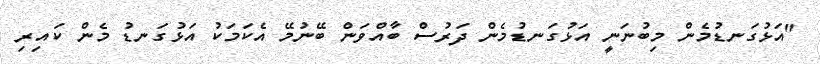
"އަޅުގަނޑުމެން މިބުނަނީ އަޅުގަނޑުމެން ދަރުސް ބާއްވަން ބޭނުމޭ އެކަމަކު އަޅުގަނޑު މެން ކައިރި